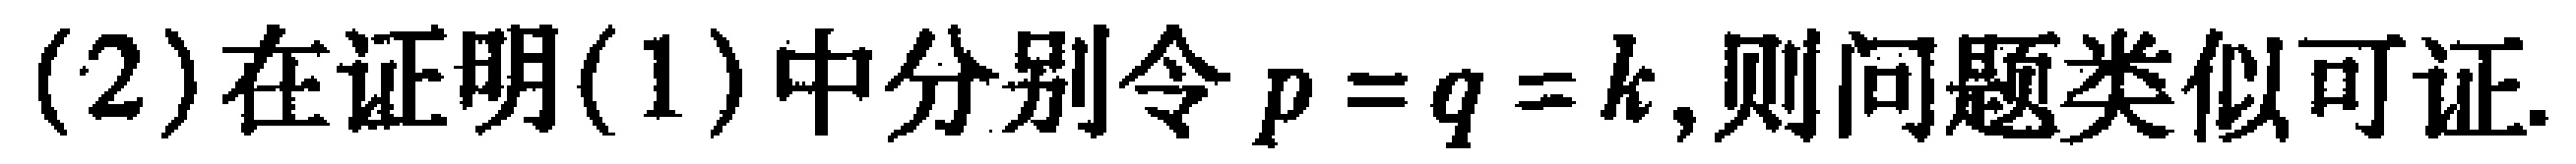
(2)在证明(1)中分别令\(p = q = k\),则问题类似可证.